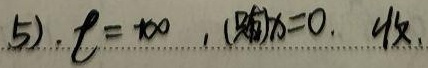
(5). \(l = 100\)，(则)\(x = 0\).  收.